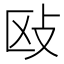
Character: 𰕅